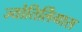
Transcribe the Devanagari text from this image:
ज्योतिर्लिंगास